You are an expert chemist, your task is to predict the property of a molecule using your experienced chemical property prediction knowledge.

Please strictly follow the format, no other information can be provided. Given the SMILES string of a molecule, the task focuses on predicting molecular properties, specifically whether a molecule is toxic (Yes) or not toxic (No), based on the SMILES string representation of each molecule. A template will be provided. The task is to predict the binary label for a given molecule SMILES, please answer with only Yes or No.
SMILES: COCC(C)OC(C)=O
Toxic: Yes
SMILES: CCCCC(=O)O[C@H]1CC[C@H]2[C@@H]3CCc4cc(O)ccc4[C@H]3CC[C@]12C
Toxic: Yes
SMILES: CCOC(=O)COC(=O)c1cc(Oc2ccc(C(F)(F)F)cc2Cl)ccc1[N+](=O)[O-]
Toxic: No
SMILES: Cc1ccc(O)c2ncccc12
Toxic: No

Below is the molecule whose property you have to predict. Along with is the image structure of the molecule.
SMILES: CCOP(=S)(OCC)SCSCC
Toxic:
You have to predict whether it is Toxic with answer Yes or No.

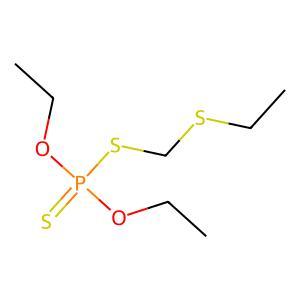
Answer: No